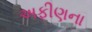
અફીણના